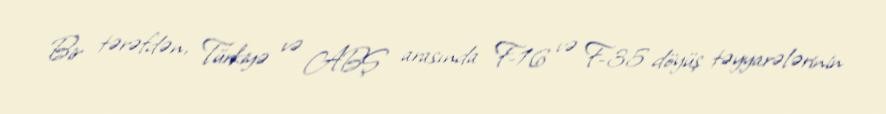
Bir tərəfdən, Türkiyə və ABŞ arasında F-16 və F-35 döyüş təyyarələrinin